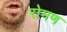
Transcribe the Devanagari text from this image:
रोमण